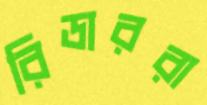
রিডাররা